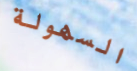
السهولة